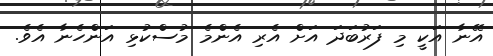
އޭނާ އަކީ މި ފަރުބަދަ އަށް އެރި އެންމެ މުސްކުޅި އަންހެނާ އެވެ.